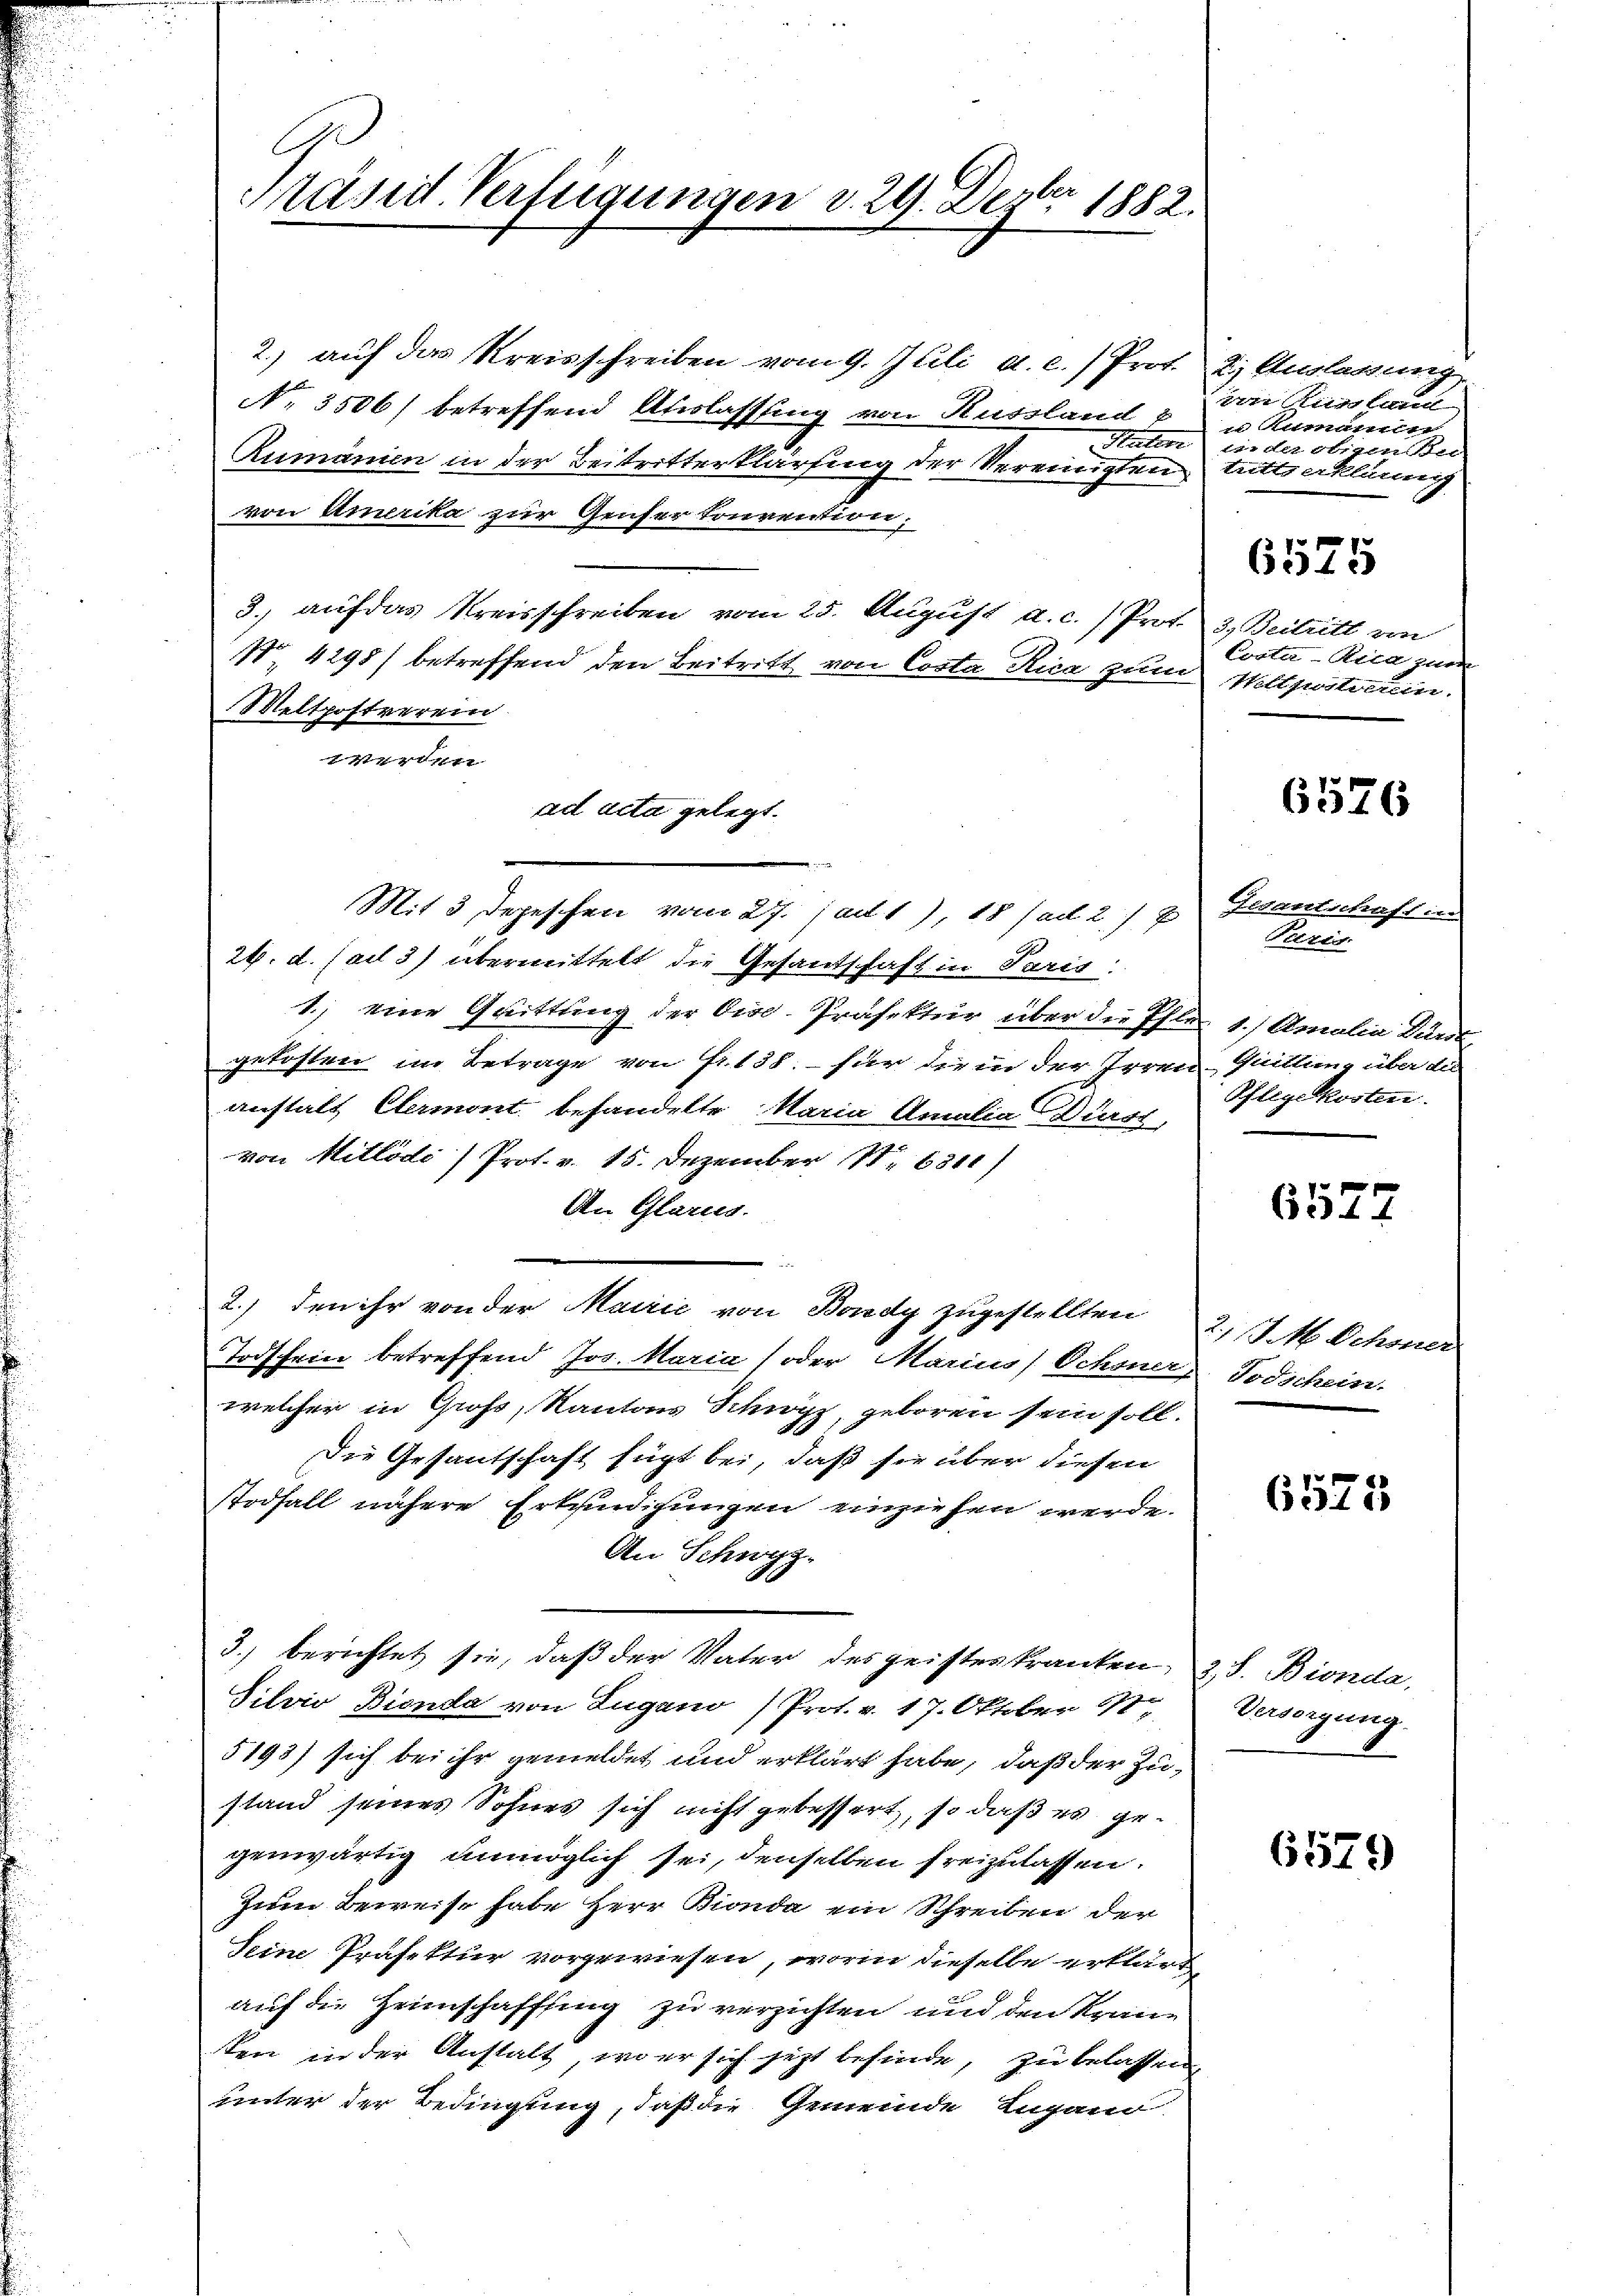
E
B
esid. Verfügungen v. 29. Dezer 1882.

2.) auf das Kreisschreiben vom 9. Jlili a. c. Prot.
N. 3506) betreffend Auslassung von Russland
Suter
Zumänien in der Beitritterklärung der Vereinigten
von Amerika zur Genser Convention:
3.) auf das Kreisschreiben vom 25. August a. c. Prof.
No 4298) betreffend den Beitritt von Costa Rica zum
Meltpostverein
werden
Mit 3 Depeschen vom 27. Jant1), 18 (ad 2.)
24. d. 1 ad 3) übermittelt die Gesantschaft in Paris
1.) eine Quittung der Vice-Präfektur über die Pfle
gekosten im Betrage von Fr. 138. – für die in der Irren
anstalt Stemont behandelte Maria Amalia Diess,
von Mitlödi / Prot. v. 15. Dezember Nr. 631
An Glarus.
2.) den ihr von der Marie von Bondg zugestellten
Todschein betreffend Jos. Maria (oder Marius) Ochsner
welcher in Groß, Kantons Schwyz, geboren sein soll.
Die Gesantschaft fügt bei, daß sie über diesen
Todfall nähere Erkundigungen einziehen werde.
An Schwyz.
3.) berichtet sie, daß der Vater des geisteskranken.
Silvio Bienda von Lugano Prot. v. 17. Oktober 17.
5193) sich bei ihr gemeldet und erklärt habe, daß der Zustand seines Sohnes sich nicht gebessert, so daß es gegenwärtig unmöglich sei, denselben freizulassen
Zum Beweise habe Herr Bionda ein Schreiben der
Seine Präfektur vorgewiesen, worin dieselbe erklärt,
auf die Heimschaffling zu verzichten und den Krane
ten in der Anstalt, wo er sich jezt befinde, zu belassen
unter der Bedingung, daß die Gemeinde Lugand.

ad acta gelegt.

2) Auslassung
uen Richten
n Rumannn
ii der stigen Be
tritte erklärung

3) Beitritt von
Costa -Ria zum
Hettposterin.

6575

6576

Gesantschaft in
Puris
1.) Annalia Lurt
Quittung über die
Pflegekosten.

6577

2.) J. M. Schöner
Todschein.

6573

2, S. Bienda,
Versorgung.

6579)